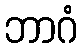
ဘာဂံ